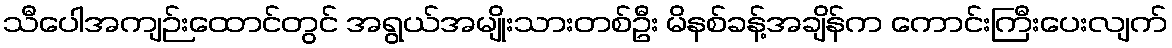
သီပေါအကျဉ်းထောင်တွင် အရွယ်အမျိုးသားတစ်ဦး မိနစ်ခန့်အချိန်က ကောင်းကြီးပေးလျက်